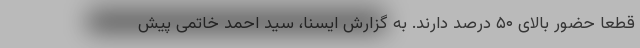
قطعا حضور بالای ۵۰ درصد دارند. به گزارش ایسنا، سید احمد خاتمی پیش